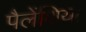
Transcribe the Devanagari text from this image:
पैलेंशिया